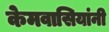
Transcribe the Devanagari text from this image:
केमवासियांनी